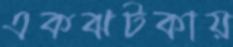
একঝটকায়